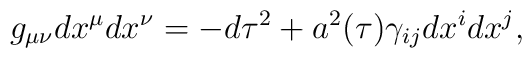
g_{\mu\nu}dx^{\mu}dx^{\nu}=-d\tau^2+a^2(\tau)\gamma_{ij}dx^idx^j,